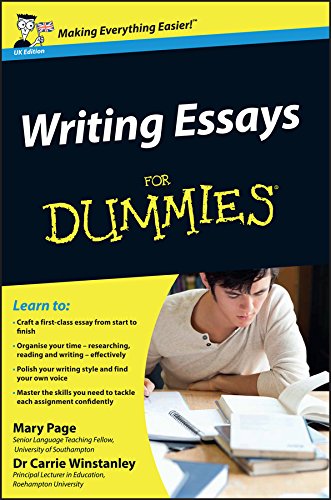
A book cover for Writing Essays For Dummies; Mary Page; Education & Teaching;